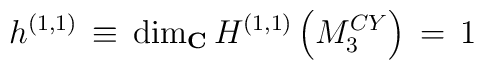
h^{(1,1)} \, \equiv \, {\rm dim}_{\bf C} \, H^{(1,1)}\left (M^{CY}_3 \right ) \, = \, 1